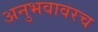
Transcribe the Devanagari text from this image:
अनुभवावरच